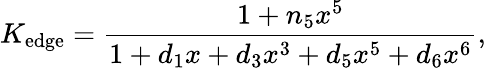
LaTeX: K_{\mathrm{edge}}={\frac{1+n_{5}x^{5}}{1+d_{1}x+d_{3}x^{3}+d_{5}x^{5}+d_{6}x^{6}}},